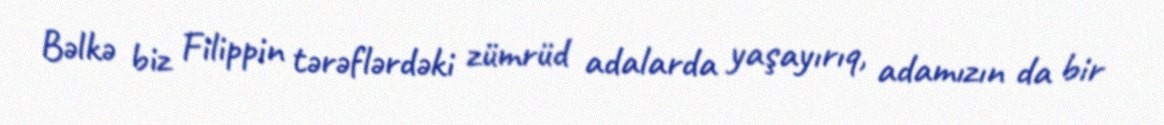
Bəlkə biz Filippin tərəflərdəki zümrüd adalarda yaşayırıq, adamızın da bir